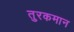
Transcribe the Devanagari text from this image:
तुरकमान